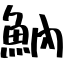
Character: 魶